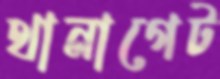
থানাগেট